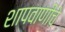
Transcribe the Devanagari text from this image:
शापवाणीचे